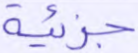
جزئية